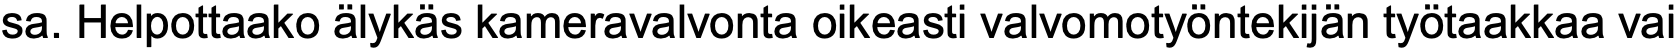
sa. Helpottaako älykäs kameravalvonta oikeasti valvomotyöntekijän työtaakkaa vai